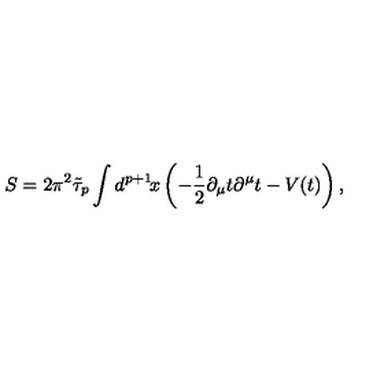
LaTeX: S = 2 \pi ^ { 2 } \tilde { \tau } _ { p } \int d ^ { p + 1 } \! x \left( - \frac { 1 } { 2 } \partial _ { \mu } t \partial ^ { \mu } t - V ( t ) \right) ,